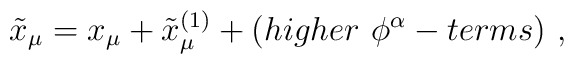
\tilde x_\mu =x_\mu  + \tilde x_\mu ^{(1)}+(higher~\phi ^\alpha -terms) ~,